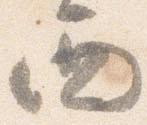
西